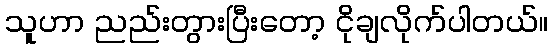
သူဟာ ညည်းတွားပြီးတော့ ငိုချလိုက်ပါတယ်။